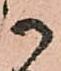
御